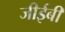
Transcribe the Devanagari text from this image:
जीईबी